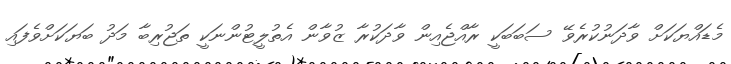
މެޑައްޔަކަށް ވާދަނުކުރެވޭ ސަބަބަކީ ރާއްޖެއިން ވާދަކުރާ ޒުވާން އެތުލީޓުންނަކީ ތަޖުރިބާ މަދު ބަޔަކަށްވެފައި